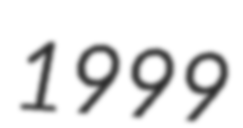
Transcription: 1999